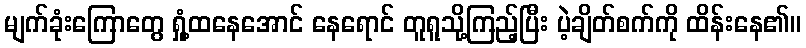
မျက်ခုံးကြောတွေ ရှုံ့ထနေအောင် နေရောင် တူရူသို့ကြည့်ပြီး ပဲ့ချိတ်စက်ကို ထိန်းနေ၏။